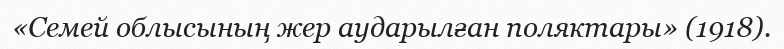
«Семей облысының жер аударылған поляктары» (1918).